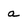
Character: a